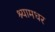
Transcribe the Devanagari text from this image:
श्यामधर